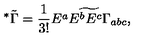
^ * \tilde { \Gamma } = { \frac { 1 } { 3 ! } } \widetilde { E ^ { a } E ^ { b } E ^ { c } \Gamma _ { a b c } } ,